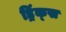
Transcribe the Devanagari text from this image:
ड्रिंक्‍स